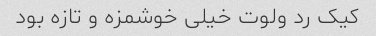
کیک رد ولوت خیلی خوشمزه و تازه بود